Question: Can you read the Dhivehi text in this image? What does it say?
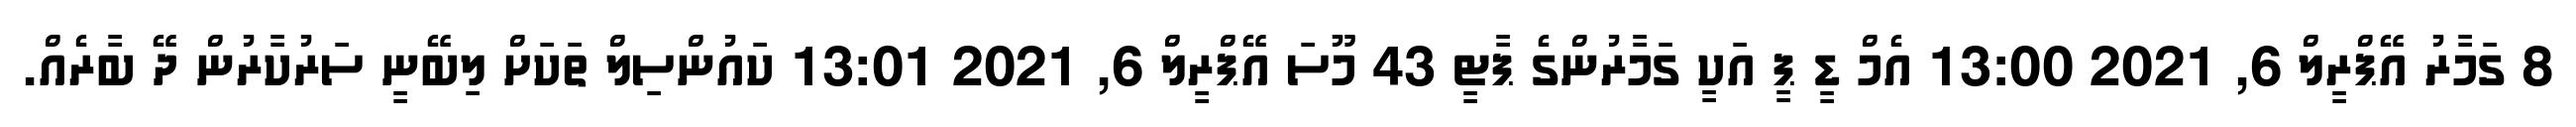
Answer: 8 ގަމާރު އޭޕްރީލް 6, 2021 13:00 އެމް ޑީ ޕީ އަކީ ގަމާރުންގެ ޕާޓީ 43 މޫސަ އޭޕްރީލް 6, 2021 13:01 ކައުންސިލް ތަކަށް ލިބޭނީ ސަރުކާރުން ދޭ ބާރެއް.